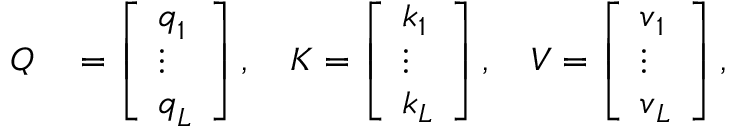
\begin{array} { r l } { Q } & { { } = \left[ \begin{array} { l } { \boldsymbol { q } _ { 1 } } \\ { \vdots } \\ { \boldsymbol { q } _ { L } } \end{array} \right] , \ \ \ K = \left[ \begin{array} { l } { \boldsymbol { k } _ { 1 } } \\ { \vdots } \\ { \boldsymbol { k } _ { L } } \end{array} \right] , \ \ \ V = \left[ \begin{array} { l } { \boldsymbol { v } _ { 1 } } \\ { \vdots } \\ { \boldsymbol { v } _ { L } } \end{array} \right] , } \end{array}